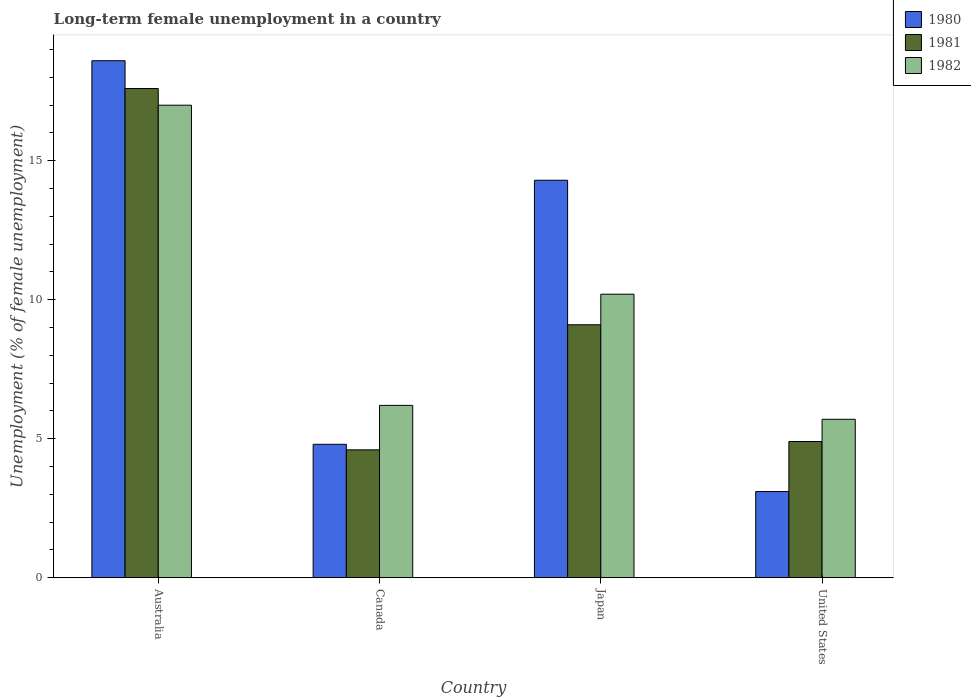
| Country | 1980 | 1981 | 1982 |
 | --- | --- | --- | --- |
 | Australia | 18.6 | 17.6 | 17 |
 | Canada | 4.8 | 4.6 | 6.2 |
 | Japan | 14.3 | 9.1 | 10.2 |
 | United States | 3.1 | 4.9 | 5.7 |